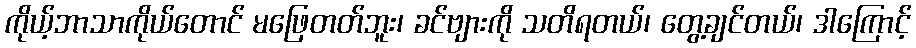
ကိုယ့်ဘာသာကိုယ်တောင် မဖြေတတ်ဘူး၊ ခင်ဗျားကို သတိရတယ်၊ တွေ့ချင်တယ်၊ ဒါကြောင့်